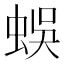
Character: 蜈